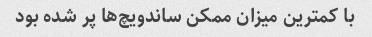
با کمترین میزان ممکن ساندویچ‌ها پر شده بود